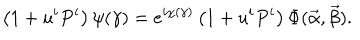
\left( 1 + u ^ { i } P ^ { i } \right) \psi ( \gamma ) = e ^ { i \chi ( \gamma ) } \left( 1 + u ^ { i } P ^ { i } \right) \Phi ( \vec { \alpha } , \vec { \beta } ) .